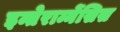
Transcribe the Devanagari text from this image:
इन्तेराम्नेंसिस